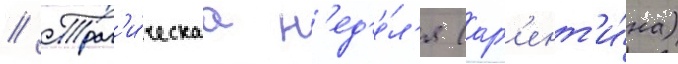
// Траг'и́ческаа н'ед'е́л'я (арг'ент'и́на)